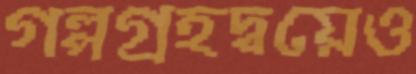
গল্পগ্রহদ্বয়েও